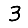
Digit: 3